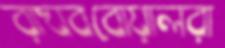
রাঘববোয়ালরা